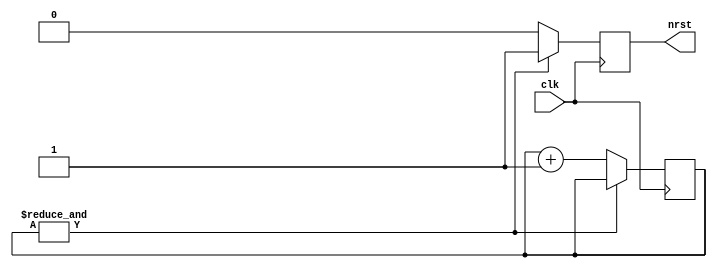
module rst_gen(input clk, output reg nrst);

   reg [7:0] cnt = 0;

   always @(posedge clk)
     if (&cnt)
       nrst <= 1'b1;
     else begin
	nrst <= 1'b0;
	cnt <= cnt + 1;
     end

endmodule // rst_gen